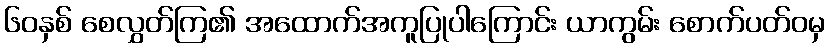
၆၀နှစ် စေလွှတ်ကြ၏ အထောက်အကူပြုပါကြောင်း ယာကွမ်း စောက်ပတ်ဝမှ